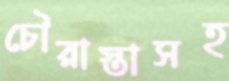
চৌরাস্তাসহ